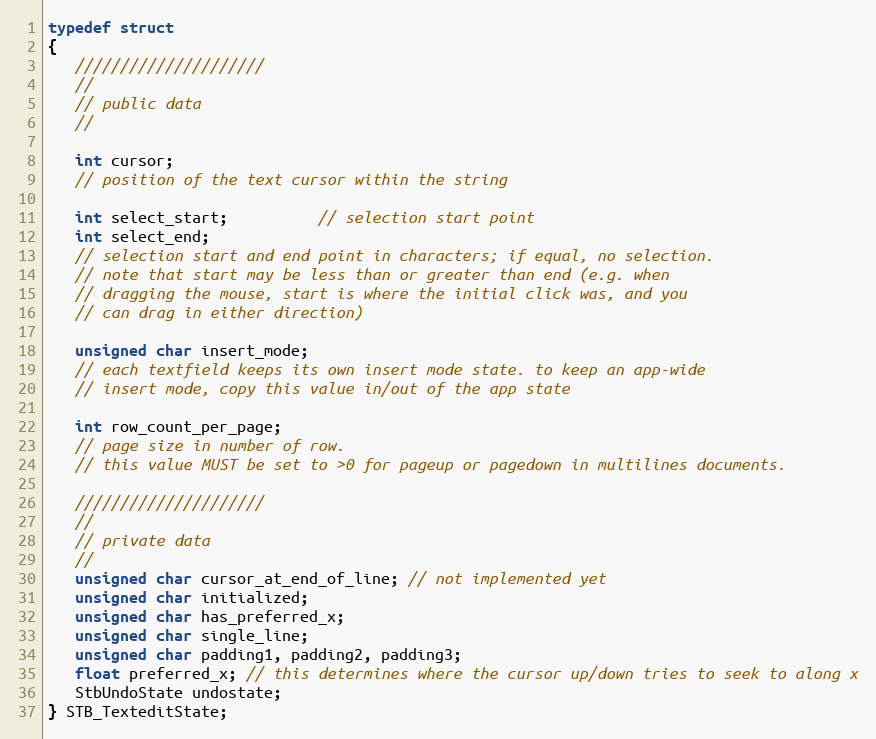
Language: C
typedef struct
{
   /////////////////////
   //
   // public data
   //

   int cursor;
   // position of the text cursor within the string

   int select_start;          // selection start point
   int select_end;
   // selection start and end point in characters; if equal, no selection.
   // note that start may be less than or greater than end (e.g. when
   // dragging the mouse, start is where the initial click was, and you
   // can drag in either direction)

   unsigned char insert_mode;
   // each textfield keeps its own insert mode state. to keep an app-wide
   // insert mode, copy this value in/out of the app state

   int row_count_per_page;
   // page size in number of row.
   // this value MUST be set to >0 for pageup or pagedown in multilines documents.

   /////////////////////
   //
   // private data
   //
   unsigned char cursor_at_end_of_line; // not implemented yet
   unsigned char initialized;
   unsigned char has_preferred_x;
   unsigned char single_line;
   unsigned char padding1, padding2, padding3;
   float preferred_x; // this determines where the cursor up/down tries to seek to along x
   StbUndoState undostate;
} STB_TexteditState;